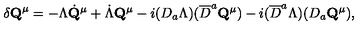
\delta { \bf Q } ^ { \mu } = - \Lambda \dot { \bf Q } ^ { \mu } + \dot { \Lambda } { \bf Q } ^ { \mu } - i ( D _ { a } \Lambda ) ( \overline { { D } } ^ { a } { \bf Q } ^ { \mu } ) - i ( \overline { { D } } ^ { a } \Lambda ) ( D _ { a } { \bf Q } ^ { \mu } ) ,